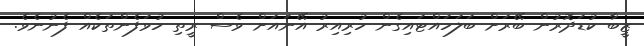
ޒީބާ ކުޑަދޮރުން ބޭރަށް ބަލަހައްޓައިގެން ހުރިއިރު އޭނައަށް ވެސް ރީތި ހުވަފެންތަކެއް ފެނުނެވެ.